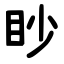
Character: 眇